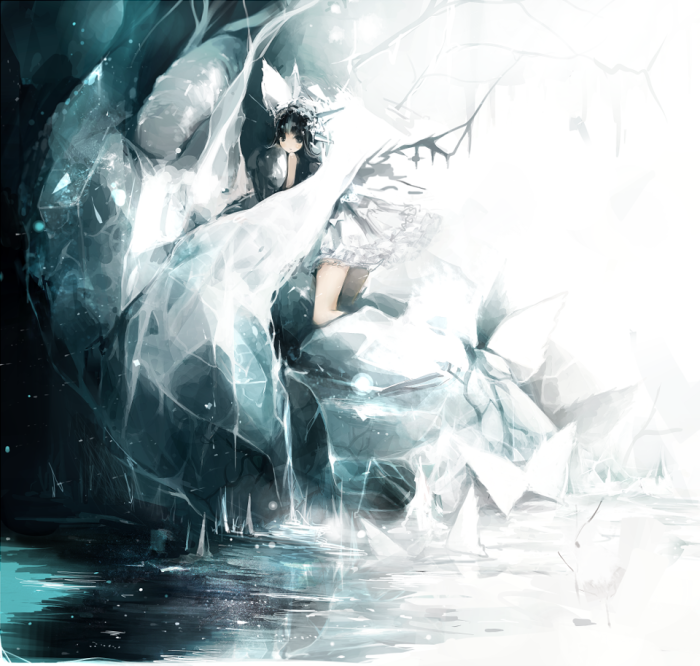
蜡烛有心还惜别，替人垂泪到天明。